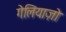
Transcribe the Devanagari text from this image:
गेलियाज़ो